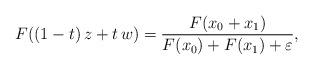
LaTeX: \begin{align*}F((1-t)\, z+t\, w)&=\frac{F(x_0+x_1)}{F(x_0)+F(x_1)+\varepsilon},\end{align*}